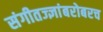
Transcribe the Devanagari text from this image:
संगीतज्ज्ञांबरोबरच